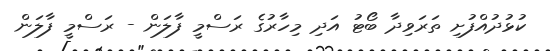
ކުޅުދުއްފުށި ތަރަވިދާ ބޯޓު އަދި މިހާރުގެ ރަސްމީ ފާލަން - ރަސްމީ ފާލަން